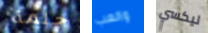
حلمة والعب ليكسي